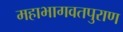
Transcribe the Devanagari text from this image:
महाभागवतपुराण